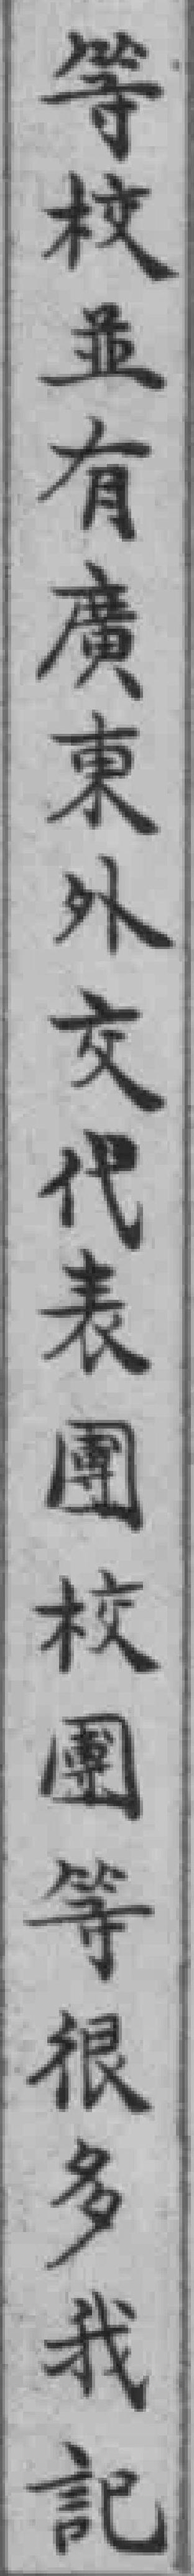
等校並有廣東外交代表團校團等很多我記